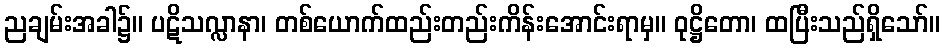
ညချမ်းအခါ၌။ ပဋိသလ္လာနာ၊ တစ်ယောက်ထည်းတည်းကိန်းအောင်းရာမှ။ ဝုဋ္ဌိတော၊ ထပြီးသည်ရှိသော်။